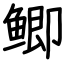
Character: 鲫